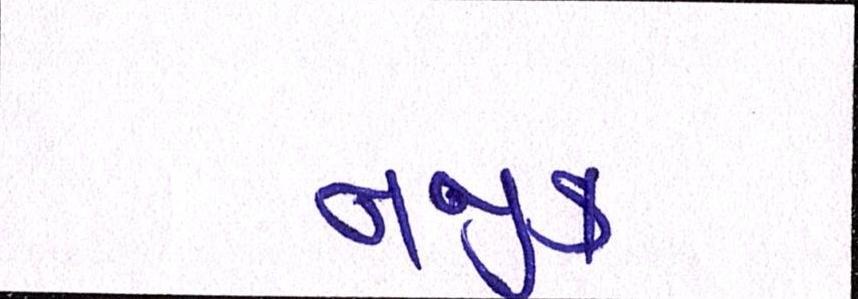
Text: નજીક